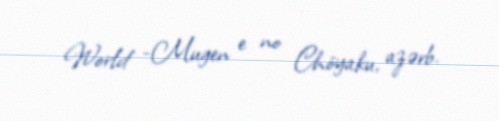
World -Mugen e no Chōyaku, azərb.